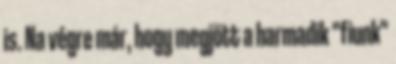
is. Na végre már, hogy megjött a harmadik "fiunk"